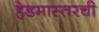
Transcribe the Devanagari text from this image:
हेडमास्तरची